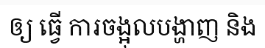
ឲ្យ ធ្វើ ការចង្អុលបង្ហាញ និង